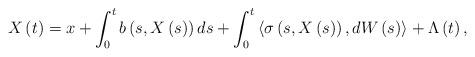
LaTeX: \begin{align*}X\left( t\right) =x+\int_{0}^{t}b\left( s,X\left( s\right) \right)ds+\int_{0}^{t}\left\langle \sigma \left( s,X\left( s\right) \right),dW\left( s\right) \right\rangle +\Lambda \left( t\right) , \end{align*}